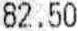
82.50